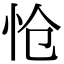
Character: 怆